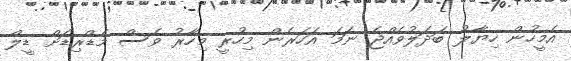
އެމީހުން ހިޔާލު ބަދަލުވެއްޖެ ނަމަ އަހަރެން މިހުރީ މިހާރު ވެސް މެޑްރިޑަށް ޑީލް